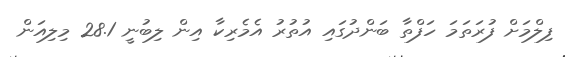
ފިލްމަށް ފުރަތަމަ ހަފްތާ ބަންދުގައި އުތުރު އެމެރިކާ އިން ލިބުނީ 28.1 މިލިއަން